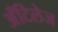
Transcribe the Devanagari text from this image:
अँटिलेज